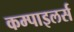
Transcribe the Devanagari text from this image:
कम्पाइलर्स